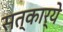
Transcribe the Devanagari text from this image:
सत्कार्ये